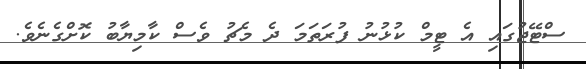
ސްޓޭޖުގައި އެ ޓީމް ކުޅުނު ފުރަތަމަ ދެ މެޗު ވެސް ކާމިޔާބު ކޮށްގެނެވެ.